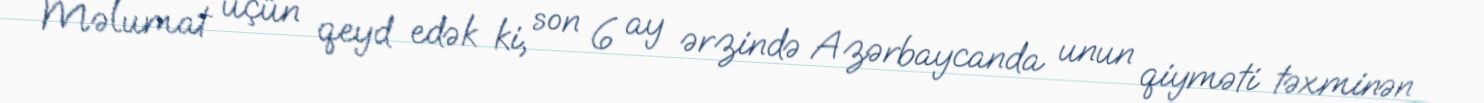
Məlumat üçün qeyd edək ki, son 6 ay ərzində Azərbaycanda unun qiyməti təxminən